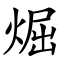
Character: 煀